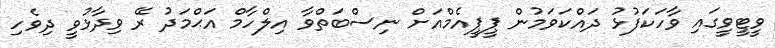
ވީޓީވީގައި ވާހަކަފުޅު ދައްކަވަމުން ޕީޕީއެމްއަށް ނިސްބަތްވާ އިލްހާމް އަޙްމަދު ރޭ ވިދާޅުވީ ދިވެހި